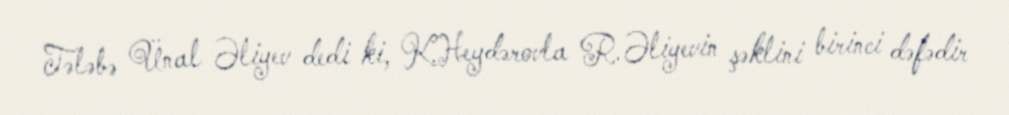
Tələbə Ünal Əliyev dedi ki, K.Heydərovla R.Əliyevin şəklini birinci dəfədir